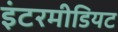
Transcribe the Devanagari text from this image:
इंटरमीडियट